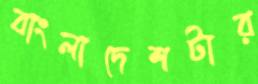
বাংলাদেশটার